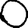
Digit: 0